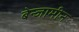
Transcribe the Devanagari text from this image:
बेन्जामीन